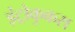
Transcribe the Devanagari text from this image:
इंट्रोकुकस